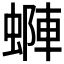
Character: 𧏶